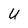
Character: U